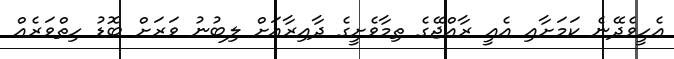
އެހީވެދޭނެ ކަމަށާއި އެއީ ރާއްޖޭގެ ތިމާވެށީގެ ދާއިރާއަށް ލިބުނު ވަރަށް ބޮޑު ހިތްވަރެއް